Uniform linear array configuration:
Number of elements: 12
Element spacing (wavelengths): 0.5
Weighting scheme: binomial
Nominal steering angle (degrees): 45
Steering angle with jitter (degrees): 46.545
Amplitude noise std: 0.05
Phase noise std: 0.05

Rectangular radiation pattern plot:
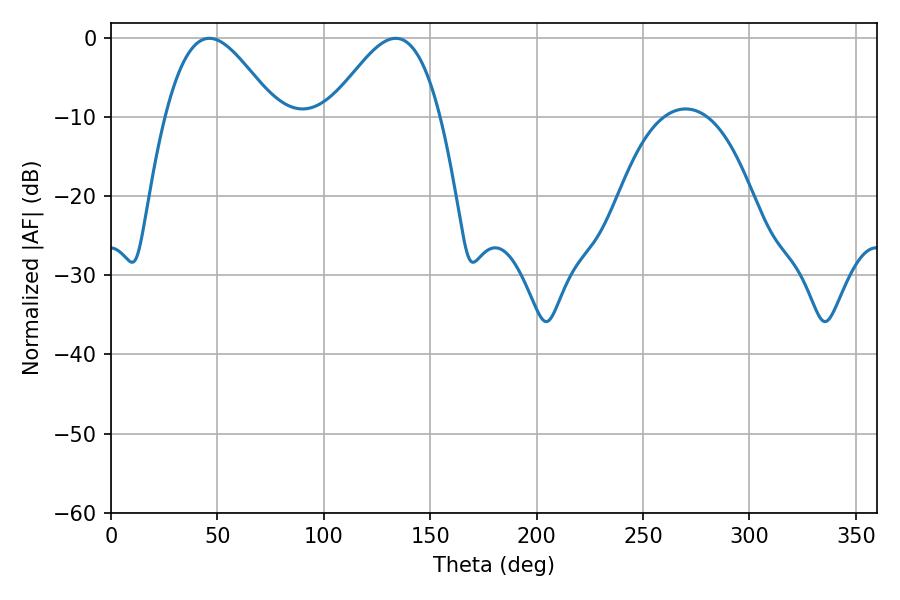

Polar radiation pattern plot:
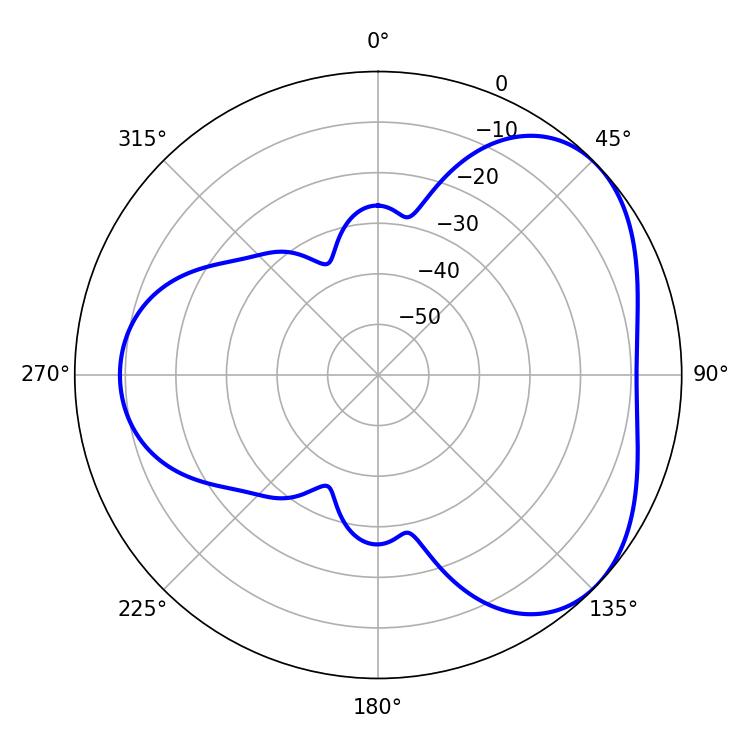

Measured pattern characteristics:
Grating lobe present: FALSE
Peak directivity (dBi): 4.213
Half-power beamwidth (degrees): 27.72
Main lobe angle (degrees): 46.26